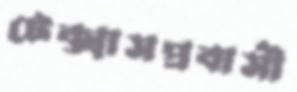
টেক্সাসপ্রবাসী